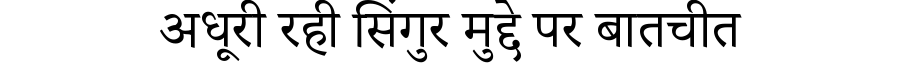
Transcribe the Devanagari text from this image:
अधूरी रही सिंगुर मुद्दे पर बातचीत